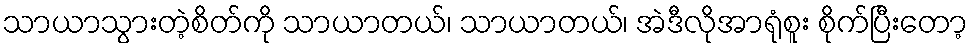
သာယာသွားတဲ့စိတ်ကို သာယာတယ်၊ သာယာတယ်၊ အဲဒီလိုအာရုံစူး စိုက်ပြီးတော့